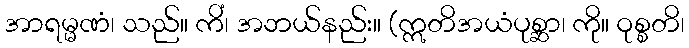
အာရမ္မဏံ၊ သည်။ ကိံ၊ အဘယ်နည်း။ (ဣတိအယံပုစ္ဆာ၊ ကို။ ဝုစ္စတိ၊